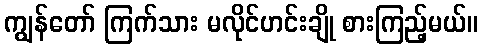
ကျွန်တော် ကြက်သား မလိုင်ဟင်းချို စားကြည့်မယ်။